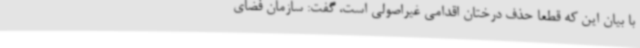
با بیان این که قطعاً حذف درختان اقدامی غیراصولی است، گفت: سازمان فضای